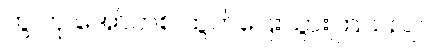
ကွ ဟု အော်ဟစ် ထွက်ပြေးသွားကြသည်။